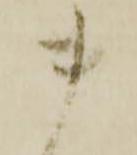
ま